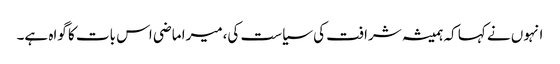
انہوں نے کہا کہ ہمیشہ شرافت کی سیاست کی،میرا ماضی اس بات کا گواہ ہے۔